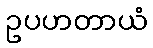
ဥပဟတာယံ